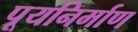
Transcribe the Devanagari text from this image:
पूयनिर्माण